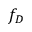
f _ { D }